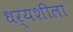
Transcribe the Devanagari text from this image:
धर्यशीला